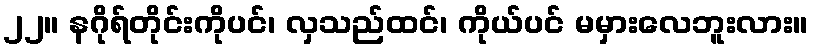
၂၂။ နဂိုရ်တိုင်းကိုပင်၊ လှသည်ထင်၊ ကိုယ်ပင် မမှားလေဘူးလား။